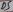
Text: D5